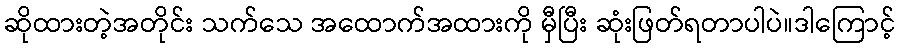
ဆိုထားတဲ့အတိုင်း သက်သေ အထောက်အထားကို မှီပြီး ဆုံးဖြတ်ရတာပါပဲ။ဒါကြောင့်